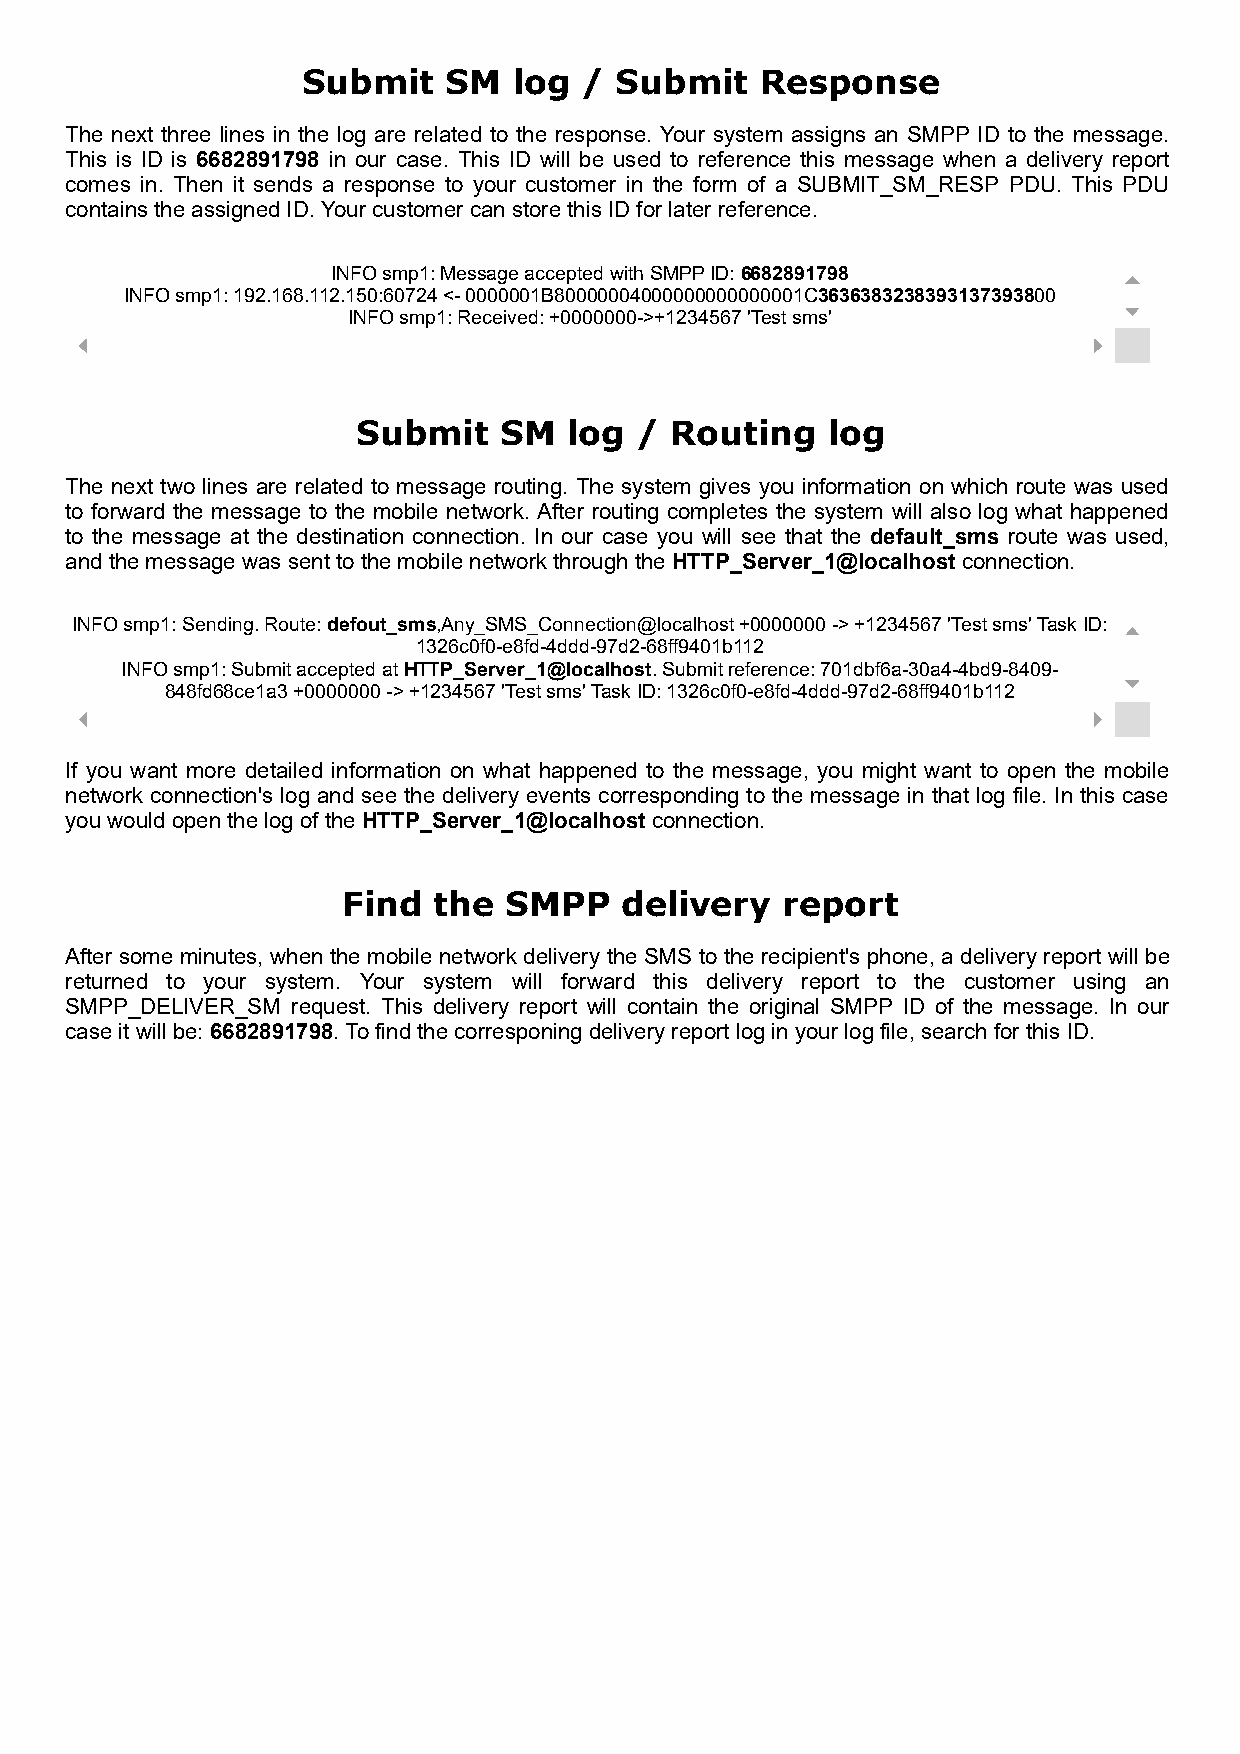
Submit    SM  log  / Submit   Response
 The next three lines in the log are related to the response. Your system assigns an SMPP ID to the message.
 This is ID is 6682891798 in our case. This ID will be used to reference this message when a delivery report
 comes in. Then it sends a response to your customer in the form of a SUBMIT_SM_RESP PDU. This PDU
 contains the assigned ID. Your customer can store this ID for later reference.
 INFO smp1: Message accepted with SMPP ID: 6682891798
 INFO smp1: 192.168.112.150:60724 <- 0000001B80000004000000000000001C3636383238393137393800
 INFO smp1: Received: +0000000->+1234567 'Test sms'
 Submit   SM   log / Routing    log
 The next two lines are related to message routing. The system gives you information on which route was used
 to forward the message to the mobile network. After routing completes the system will also log what happened
 to the message at the destination connection. In our case you will see that the default_sms route was used,
 and the message was sent to the mobile network through the HTTP_Server_1@localhost connection.
 INFO smp1: Sending. Route: defout_sms,Any_SMS_Connection@localhost +0000000 -> +1234567 'Test sms' Task ID:
 1326c0f0-e8fd-4ddd-97d2-68ff9401b112
 INFO smp1: Submit accepted at HTTP_Server_1@localhost. Submit reference: 701dbf6a-30a4-4bd9-8409-
 848fd68ce1a3 +0000000 -> +1234567 'Test sms' Task ID: 1326c0f0-e8fd-4ddd-97d2-68ff9401b112
 If you want more detailed information on what happened to the message, you might want to open the mobile
 network connection's log and see the delivery events corresponding to the message in that log file. In this case
 you would open the log of the HTTP_Server_1@localhost connection.
 Find  the SMPP    delivery   report
 After some minutes, when the mobile network delivery the SMS to the recipient's phone, a delivery report will be
 returned to your system. Your system will forward this delivery report to the customer using an
 SMPP_DELIVER_SM request. This delivery report will contain the original SMPP ID of the message. In our
 case it will be: 6682891798. To find the corresponing delivery report log in your log file, search for this ID.